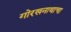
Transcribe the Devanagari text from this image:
गोरखनाथाचा